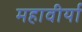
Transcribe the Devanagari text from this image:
महावीर्या